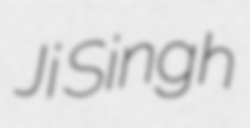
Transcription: Ji Singh